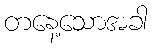
တနေ့သောအခါ